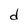
Character: d